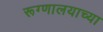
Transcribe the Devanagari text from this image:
रूग्णालयाच्या